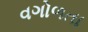
વગોળતા